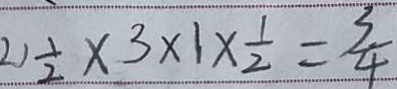
2 ) \frac { 1 } { 2 } \times 3 \times 1 \times \frac { 1 } { 2 } = \frac { 3 } { 4 }